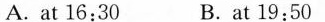
A.at 16:30 B.At 19:50